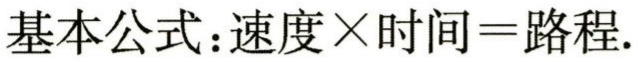
基本公式：速度×时间=路程.